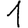
Digit: 1